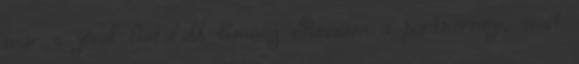
már a jóval fiatalabb Emmy Rossum a partnernője, amit